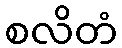
စလိတံ